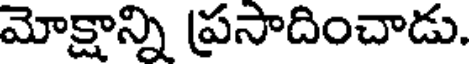
మోక్షాన్ని ప్రసాదించాడు.